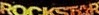
ROCKSTAR